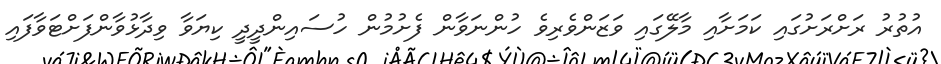
އުތުރު ރަށްރަށުގައި ކަމަށާއި މާލޭގައި ވަޒަންވެރިވެ ހުންނަވާން ފެށުމުން ހުސައިންދީދީ ކިޔަވާ ވިދާޅުވާންފަށްޓަވާފައި